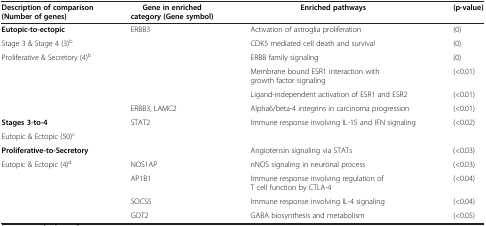
<table><thead><tr><td><b>Description of comparison (Number of genes)</b></td><td><b>Gene in enriched category (Gene symbol)</b></td><td><b>Enriched pathways</b></td><td><b>(p-value)</b></td></tr></thead><tbody><tr><td><b>Eutopic-to-ectopic</b></td><td>ERBB3</td><td>Activation of astroglia proliferation</td><td>(0)</td></tr><tr><td>Stage 3 &amp; Stage 4 (3)<sup>b</sup></td><td> </td><td>CDK5 mediated cell death and survival</td><td>(0)</td></tr><tr><td>Proliferative &amp; Secretory (4)<sup>b</sup></td><td> </td><td>ERBB family signaling</td><td>(0)</td></tr><tr><td> </td><td> </td><td>Membrane bound ESR1 interaction with growth factor signaling</td><td>(&lt;0.01)</td></tr><tr><td> </td><td> </td><td>Ligand-independent activation of ESR1 and ESR2</td><td>(&lt;0.01)</td></tr><tr><td> </td><td>ERBB3, LAMC2</td><td>Alpha6/beta-4 integrins in carcinoma progression</td><td>(&lt;0.01)</td></tr><tr><td><b>Stages 3-to-4</b></td><td rowspan="2">STAT2</td><td rowspan="2">Immune response involving IL-15 and IFN signaling</td><td rowspan="2">(&lt;0.02)</td></tr><tr><td>Eutopic &amp; Ectopic (50)<sup>c</sup></td></tr><tr><td><b>Proliferative-to-Secretory</b></td><td> </td><td>Angiotensin signaling via STATs</td><td>(&lt;0.03)</td></tr><tr><td>Eutopic &amp; Ectopic (4)<sup>d</sup></td><td>NOS1AP</td><td>nNOS signaling in neuronal process</td><td>(&lt;0.03)</td></tr><tr><td> </td><td>AP1B1</td><td>Immune response involving regulation of T cell function by CTLA-4</td><td>(&lt;0.04)</td></tr><tr><td> </td><td>SOCS5</td><td>Immune response involving IL-4 signaling</td><td>(&lt;0.04)</td></tr><tr><td> </td><td>GOT2</td><td>GABA biosynthesis and metabolism</td><td>(&lt;0.05)</td></tr></tbody></table>